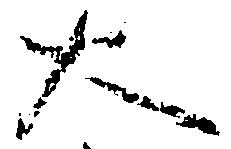
大